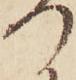
つ